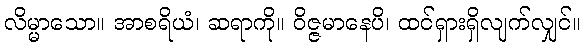
လိမ္မာသော။ အာစရိယံ၊ ဆရာကို။ ဝိဇ္ဇမာနေပိ၊ ထင်ရှားရှိလျက်လျှင်။